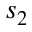
s _ { 2 }